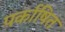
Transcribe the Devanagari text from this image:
पर्काषित